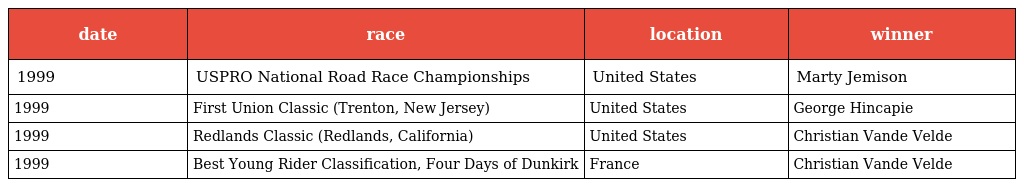
| date | race | location | winner |
 | --- | --- | --- | --- |
 | 1999 | USPRO National Road Race Championships | United States | Marty Jemison |
 | 1999 | First Union Classic (Trenton, New Jersey) | United States | George Hincapie |
 | 1999 | Redlands Classic (Redlands, California) | United States | Christian Vande Velde |
 | 1999 | Best Young Rider Classification, Four Days of Dunkirk | France | Christian Vande Velde |